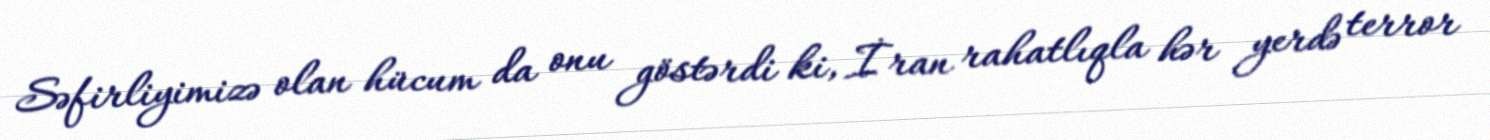
Səfirliyimizə olan hücum da onu göstərdi ki, İran rahatlıqla hər yerdə terror